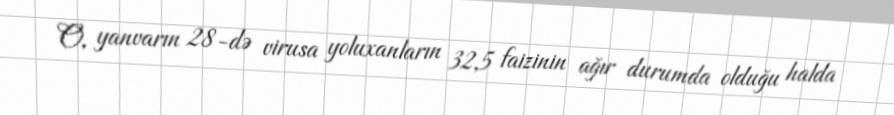
O, yanvarın 28-də virusa yoluxanların 32,5 faizinin ağır durumda olduğu halda